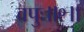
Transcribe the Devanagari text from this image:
वपुः॥९॥